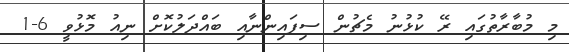
މި މުބާރާތުގައި ރޭ ކުޅުނު މެޗުން ސިފައިންނާއި ބައްދަލުކޮށް ނިއު މޮޅުވީ 6-1